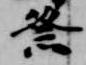
祭